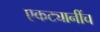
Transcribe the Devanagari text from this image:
एकट्यानींच